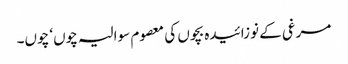
مرغی کے نوزائیدہ بچوں کی معصوم سوالیہ چوں‘ چوں۔